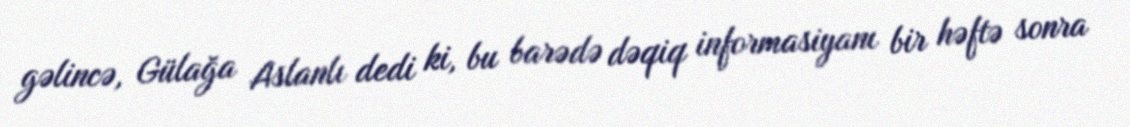
gəlincə, Gülağa Aslanlı dedi ki, bu barədə dəqiq informasiyanı bir həftə sonra